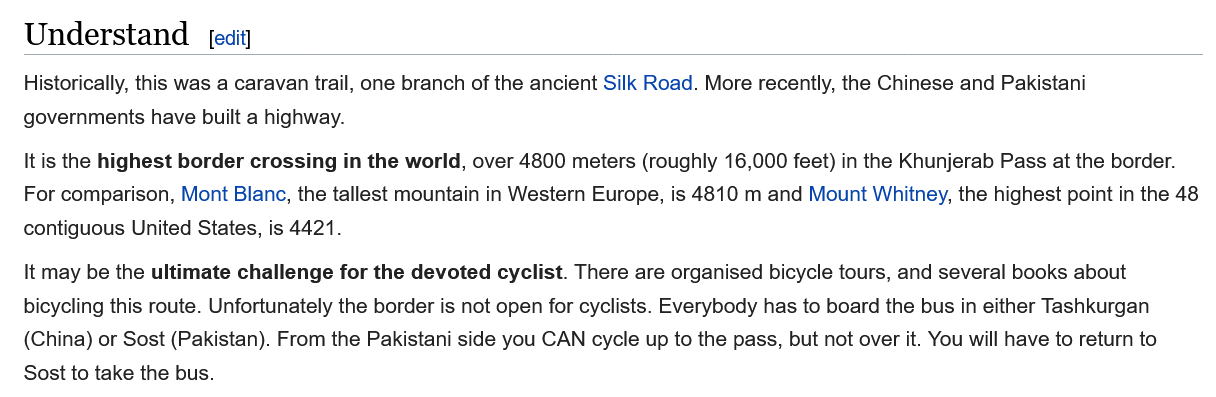
Understand    Leait]
   Historically, this was a caravan trail, one branch of the ancient Silk Road. More recently, the Chinese and Pakistani
   governments have built a highway.
   It is the highest border crossing in the world, over 4800 meters (roughly 16,000 feet) in the Khunjerab Pass at the border.
   For comparison, Mont Blanc, the tallest mountain in Western Europe, is 4810 m and Mount Whitney, the highest point in the 48
   contiguous United States, is 4421.
   It may be the ultimate challenge for the devoted cyclist. There are organised bicycle tours, and several books about
   bicycling this route. Unfortunately the border is not open for cyclists. Everybody has to board the bus in either Tashkurgan
   (China) or Sost (Pakistan). From the Pakistani side you CAN cycle up to the pass, but not over it. You will have to return to
   Sost to take the bus.